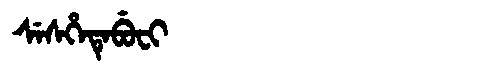
Manchu: ᠰᡝᠰᡥᡝᡨᡝᠪᡠᠸᡳ
Romanization: SESHETEBUFI